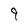
Character: 9